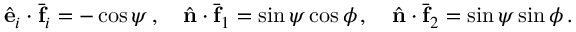
\hat { \bf e } _ { i } \cdot \bar { \bf f } _ { i } = - \cos \psi \, , \quad \hat { \bf n } \cdot \bar { \bf f } _ { 1 } = \sin \psi \cos \phi \, , \quad \hat { \bf n } \cdot \bar { \bf f } _ { 2 } = \sin \psi \sin \phi \, .